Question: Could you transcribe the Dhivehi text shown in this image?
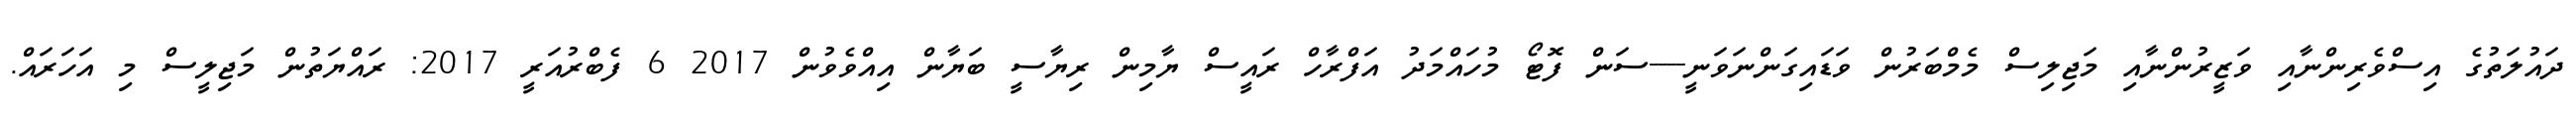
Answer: ދައުލަތުގެ އިސްވެރިންނާއި ވަޒީރުންނާއި މަޖިލިސް މެމްބަރުން ވަޑައިގަންނަވަނީ----ސަން ފޮޓޯ މުހައްމަދު އަފްރާހް ރައީސް ޔާމިން ރިޔާސީ ބަޔާން އިއްވެވުން 2017 6 ފެބްރުއަރީ 2017: ރައްޔަތުން މަޖިލީސް މި އަހަރައް.